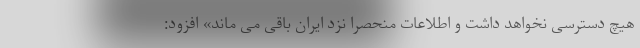
هیچ دسترسی نخواهد داشت و اطلاعات منحصرا نزد ایران باقی می ماند» افزود: